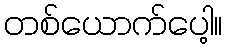
တစ်ယောက်ပေါ့။